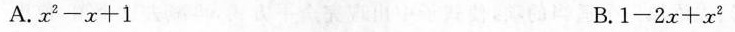
A. $$x ^ { 2 } - x + 1$$ B. $$1 - 2 x + x ^ { 2 }$$